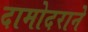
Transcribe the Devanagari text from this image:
दामोदराने